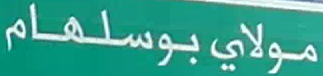
مولايبوسلهام